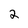
Character: 2